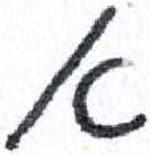
אות: א